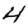
Digit: 4